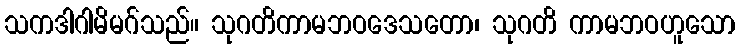
သကဒါဂါမိမဂ်သည်။ သုဂတိကာမဘဝဒေသတော၊ သုဂတိ ကာမဘဝဟူသော